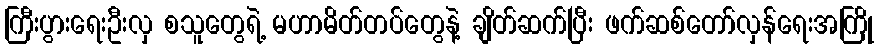
ကြီးပွားရေးဦးလှ စသူတွေရဲ့ မဟာမိတ်တပ်တွေနဲ့ ချိတ်ဆက်ပြီး ဖက်ဆစ်တော်လှန်ရေးအကြို